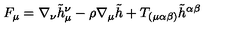
F _ { \mu } = \nabla _ { \nu } \tilde { h } _ { \mu } ^ { \nu } - \rho \nabla _ { \mu } \tilde { h } + T _ { ( \mu \alpha \beta ) } \tilde { h } ^ { \alpha \beta }